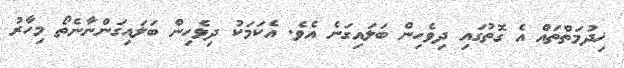
ޚިދުމަތްތައް އެ ގޮތުގައި ދިވެހިން ބަލައިގަނެ އެވެ. އެކަމަކު ދިވެހިން ބަލައިގަންނާނެތޯ މިހާރު